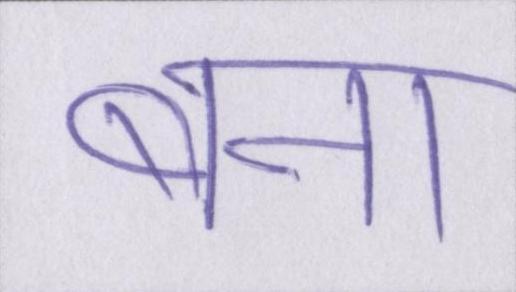
बना